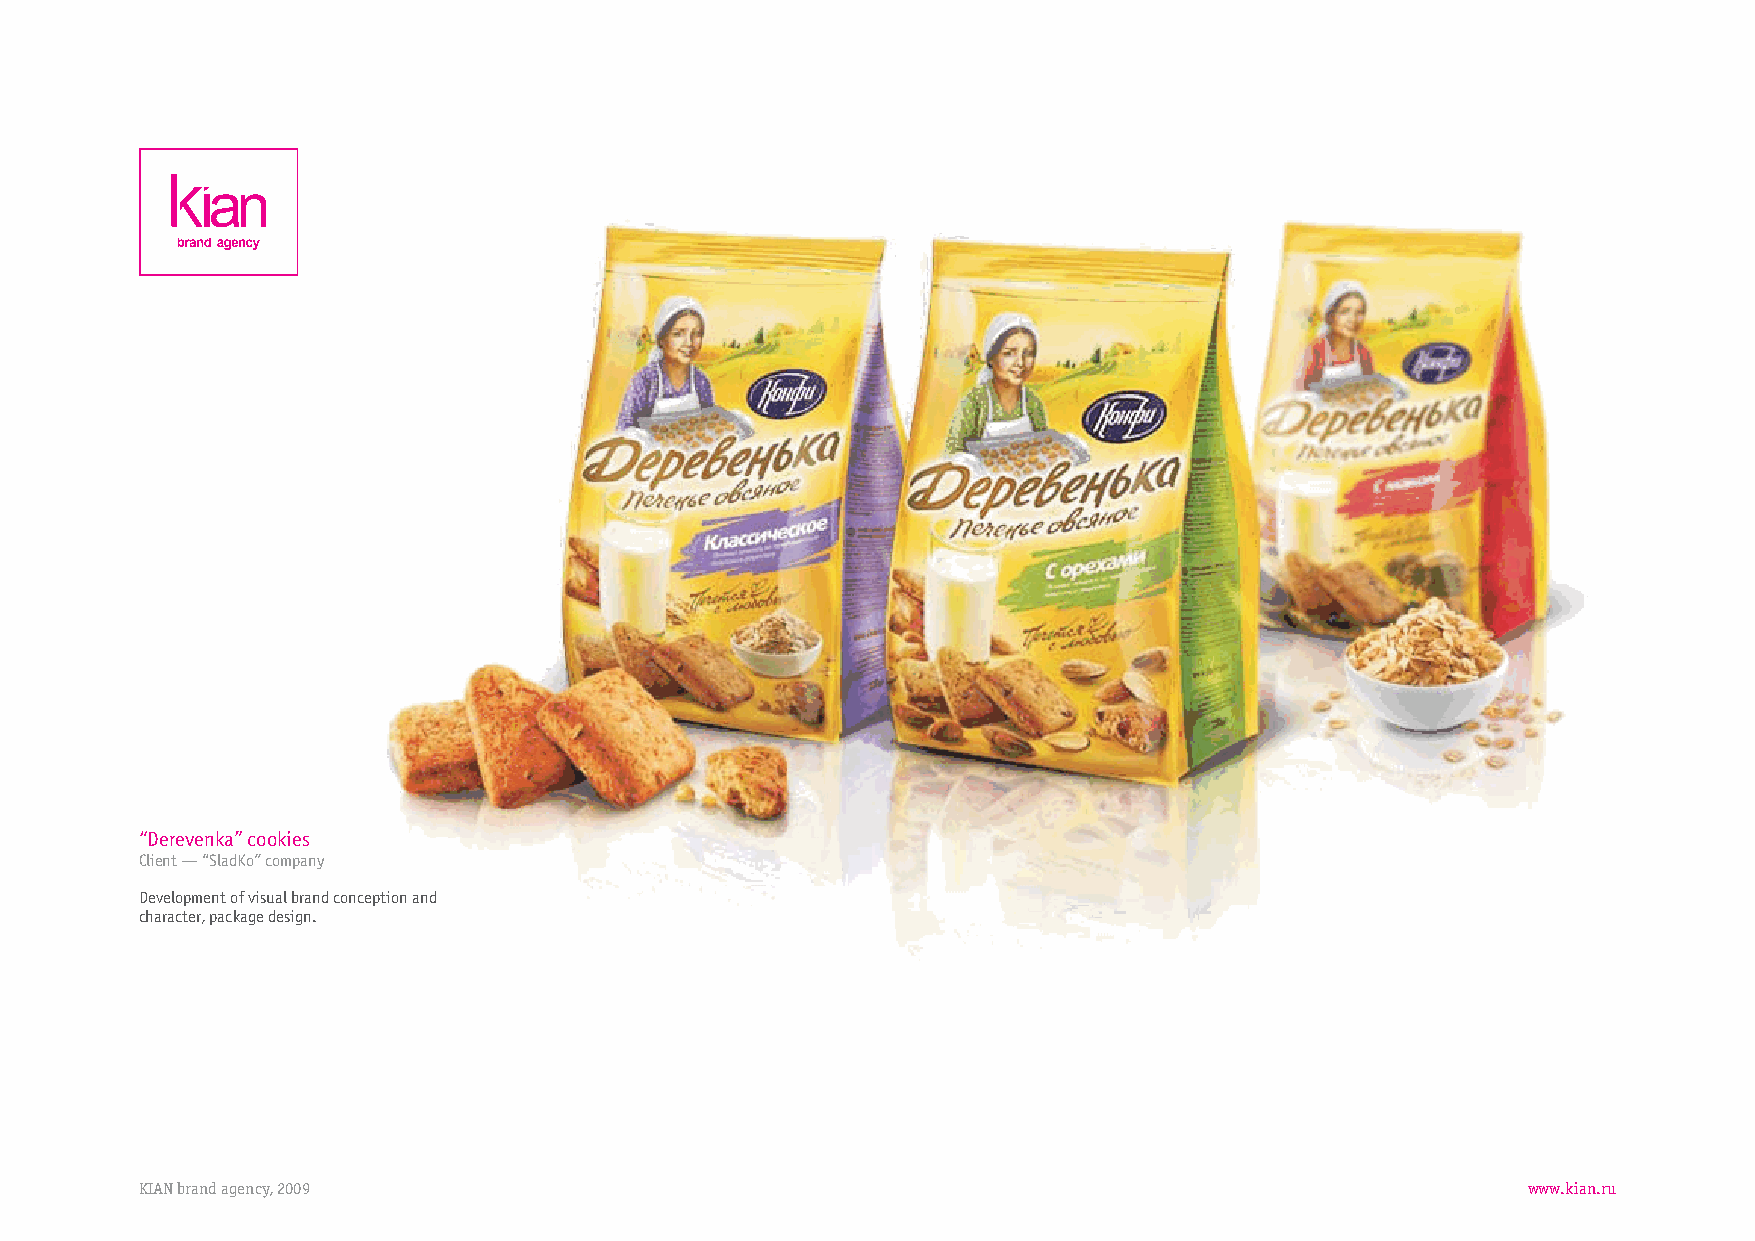
“Derevenka”cookies
 Client—“SladKo”company
 Developmentofvisualbrandconceptionand
 character,packagedesign.
 KIANbrandagency,2009                                                                        www.kian.ru